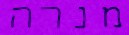
מנרה